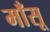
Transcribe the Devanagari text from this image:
माँसू